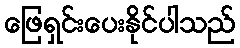
ဖြေရှင်းပေးနိုင်ပါသည်